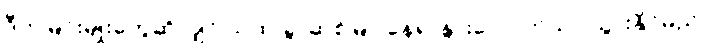
ဒီကမြင်းမျိုးတွေဆိုလျှင် သဲထဲ ခွာဆစ်မြုပ်နေ၍ နွားလောက်သာ သွားနိုင်မည်။